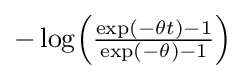
{\textstyle -\log \!\left({\frac {\exp(-\theta t)-1}{\exp(-\theta )-1}}\right)}